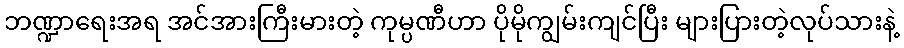
ဘဏ္ဍာရေးအရ အင်အားကြီးမားတဲ့ ကုမ္ပဏီဟာ ပိုမိုကျွမ်းကျင်ပြီး များပြားတဲ့လုပ်သားနဲ့